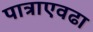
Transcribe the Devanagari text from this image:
पात्राएवढा